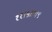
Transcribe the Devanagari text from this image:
११।५।७।९